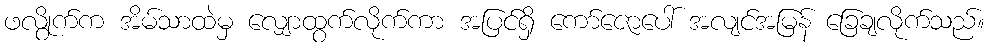
ဖလွိုက်က အိမ်သာထဲမှ လျှောထွက်လိုက်ကာ အပြင်ရှိ ကော်ဇောပေါ် အလျင်အမြန် ခြေချလိုက်သည်။